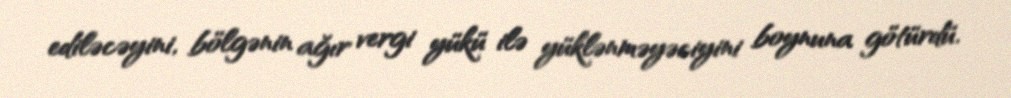
ediləcəyini, bölgənin ağır vergi yükü ilə yüklənməyəciyini boynuna götürdü.